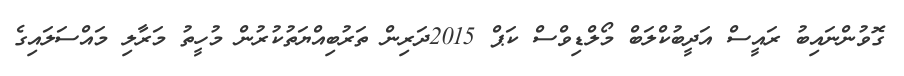
ގޮވުންނައިބު ރައީސް އަދީބުކްލަބް މޯލްޑިވްސް ކަޕް 2015ދަރިން ތަރުބިއްޔަތުކުރުން މުހީތު މަރާލި މައްސަލައިގެ